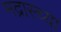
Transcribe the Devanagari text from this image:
मद्रास्च्या